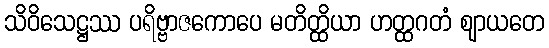
သိဝိသေဋ္ဌဿ ပရိဗ္ဗာဇကောပေ မတိတ္ထိယာ ဟတ္ထဂတံ ဈာယတေ